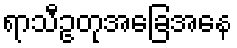
ရာသီဥတုအခြေအနေ